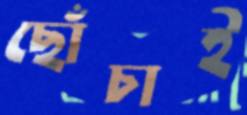
ছোঁচাই